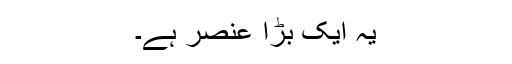
یہ ایک بڑا عنصر ہے۔